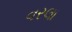
વરલા